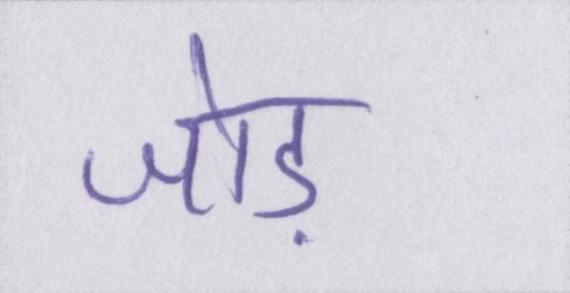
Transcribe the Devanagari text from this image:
जोड़